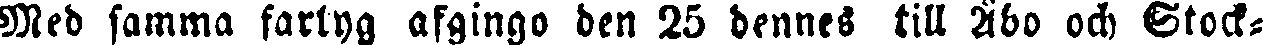
Med samma fartyg afgingo den 25 dennes till Åbo och Stock-